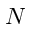
N